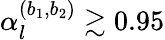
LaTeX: \alpha_{l}^{(b_{1},b_{2})}\gtrsim 0.95